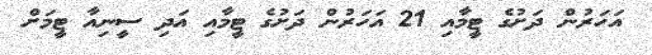
އަހަރުން ދަށުގެ ޓީމާއި 21 އަހަރުން ދަށުގެ ޓީމާއި އަދި ސީނިއާ ޓީމަށް